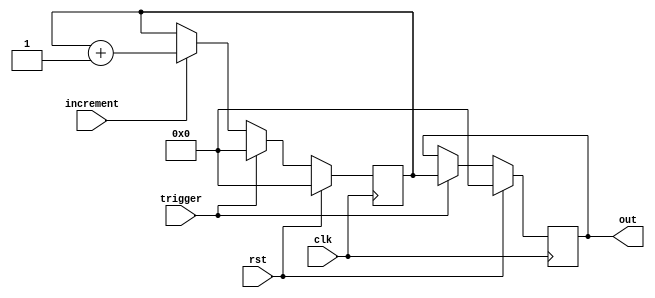
module counter(input             clk,
			   input 			 rst,
			   input 			 increment,
			   input 			 trigger,
			   output reg [63:0] out);

   reg [63:0] 					 counter;

   always @(posedge clk) begin
	  if (rst) begin
		 out <= 0;
		 counter <= 0;
	  end else if (trigger) begin
		 out <= counter;
		 counter <= 0;
	  end else if (increment) begin
		 counter = counter + 1;
	  end
   end
  
endmodule